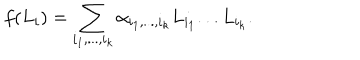
LaTeX: f ( L _ { i } ) = \sum _ { i _ { 1 } , . . . , i _ { k } } { \alpha } _ { i _ { 1 } , . . . , i _ { k } } L _ { i _ { 1 } } . . . L _ { i _ { k } } .